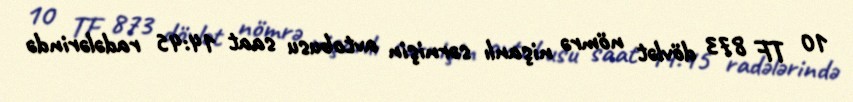
10 TF 873 dövlət nömrə nişanlı sərnişin avtobusu saat 14:45 radələrində